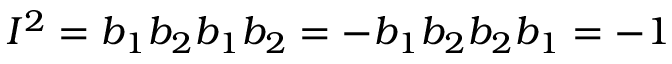
I ^ { 2 } = b _ { 1 } b _ { 2 } b _ { 1 } b _ { 2 } = - b _ { 1 } b _ { 2 } b _ { 2 } b _ { 1 } = - 1